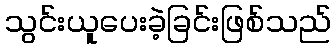
သွင်းယူပေးခဲ့ခြင်းဖြစ်သည်